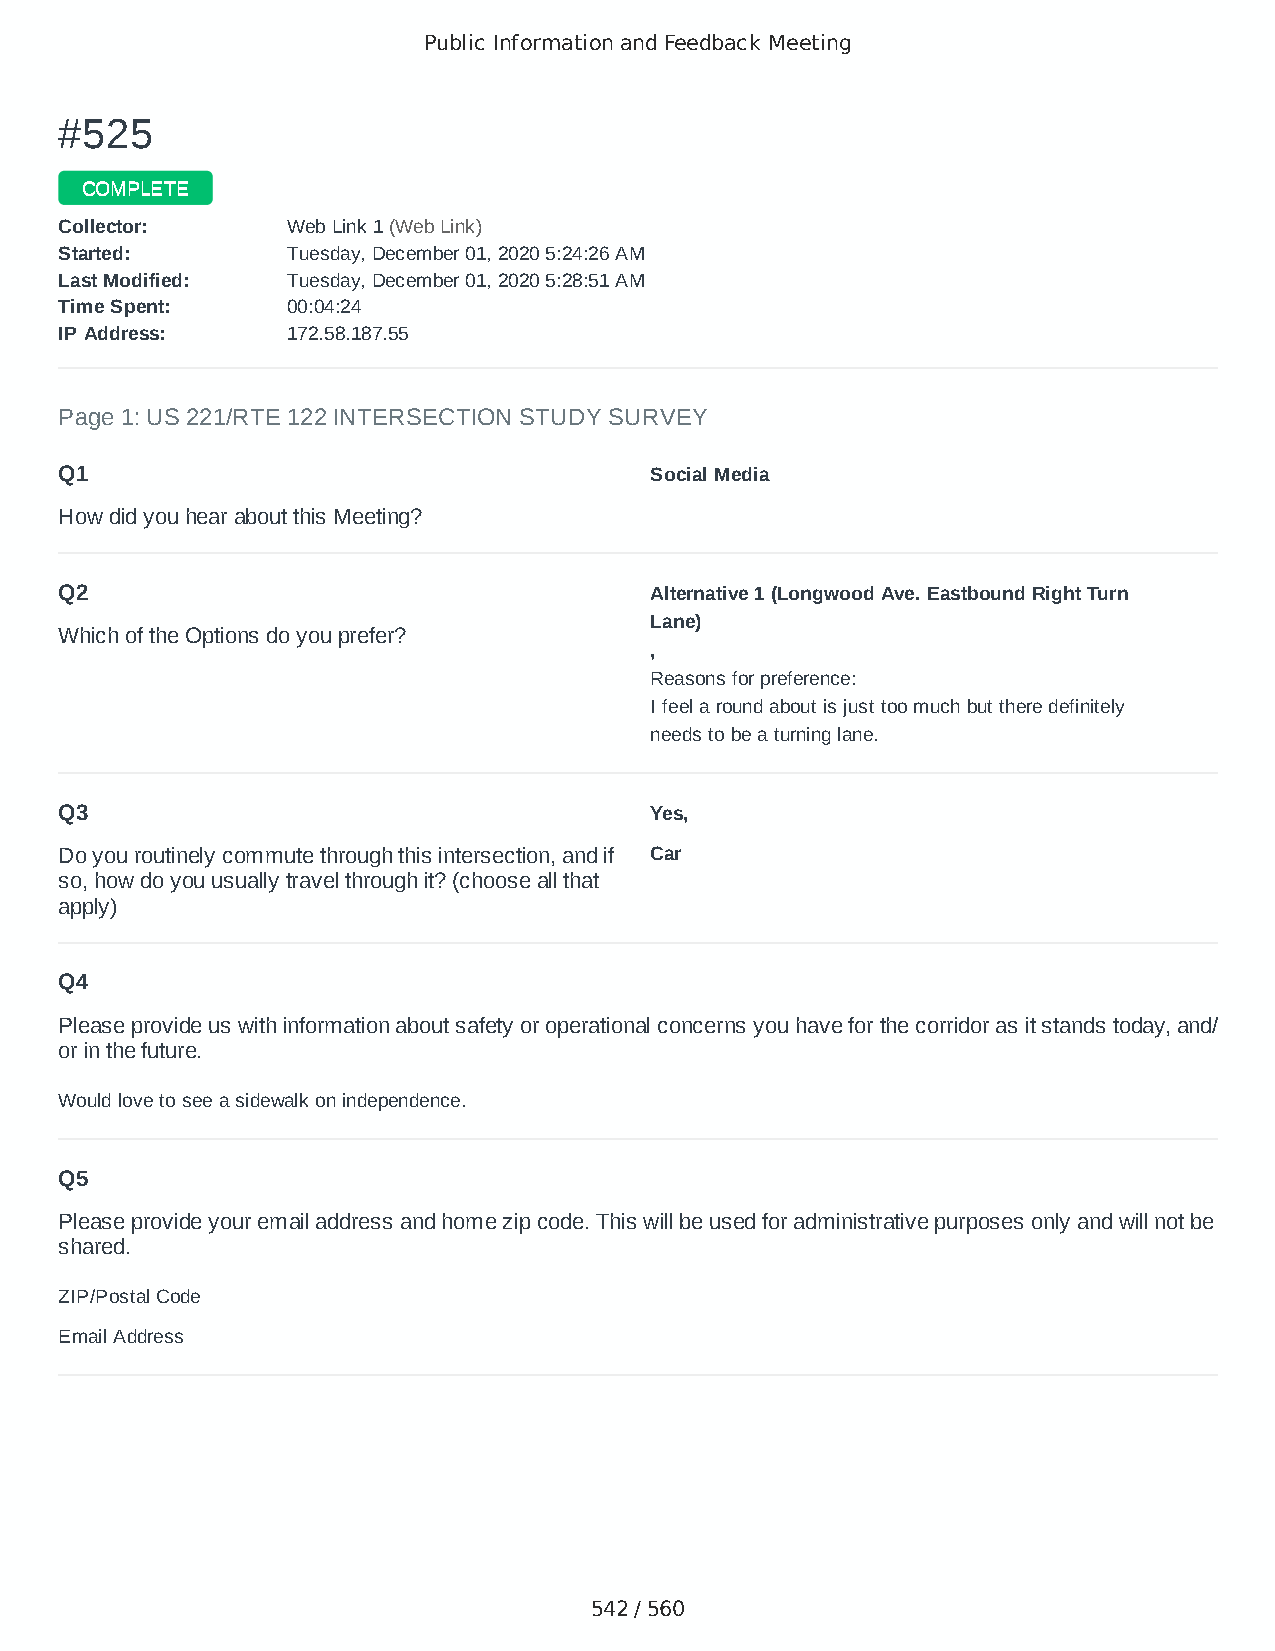
Public Information and Feedback Meeting
 ##552255
 CCOOMMPPLLEETTEE
 CCoolllleeccttoorr:: WWeebb LLiinnkk 11 ((WWeebb LLiinnkk))
 SSttaarrtteedd:: TTuueessddaayy,, DDeecceemmbbeerr 0011,, 22002200 55::2244::2266 AAMM
 LLaasstt MMooddiiffiieedd:: TTuueessddaayy,, DDeecceemmbbeerr 0011,, 22002200 55::2288::5511 AAMM
 TTiimmee SSppeenntt:: 0000::0044::2244
 IIPP AAddddrreessss:: 117722..5588..118877..5555
 Page 1: US 221/RTE 122 INTERSECTION STUDY SURVEY
 Q1                                     Social Media
 How did you hear about this Meeting?
 Q2                                     Alternative 1 (Longwood Ave. Eastbound Right Turn
 Lane)
 Which of the Options do you prefer?
 ,
 Reasons for preference:
 I feel a round about is just too much but there definitely
 needs to be a turning lane.
 Q3                                     Yes,
 Do you routinely commute through this intersection, and if Car
 so, how do you usually travel through it? (choose all that
 apply)
 Q4
 Please provide us with information about safety or operational concerns you have for the corridor as it stands today, and/
 or in the future.
 Would love to see a sidewalk on independence.
 Q5
 Please provide your email address and home zip code. This will be used for administrative purposes only and will not be
 shared.
 ZIP/Postal Code                        24523
 Email Address                          Tinak2@msn.com
 542 / 560